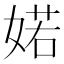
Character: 婼